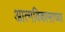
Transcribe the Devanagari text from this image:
आत्मविकासाच्या